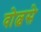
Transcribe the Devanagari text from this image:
वोल्वसे